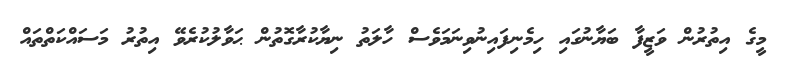
މީގެ އިތުރުން ވަޒީފާ ބަޔާނުގައި ހިމެނިފައިނުވިނަމަވެސް ހާލަތު ނިޔާކުރާގޮތުން ޙަވާލުކުރެވޭ އިތުރު މަސައްކަތްތައް